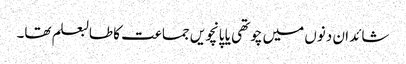
شائد ان دنوں میں چوتھی یا پانچویں جماعت کا طالبعلم تھا۔